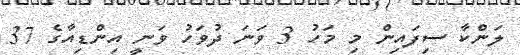
ލަންކާ ސިފައިން މި މަހު 3 ވަނަ ދުވަހު ވަނީ އިންޑިއާގެ 37